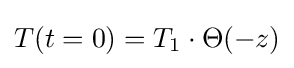
T(t=0)=T_{1}\cdot \Theta (-z)